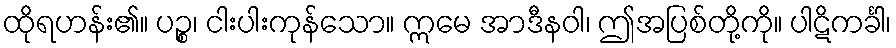
ထိုရဟန်း၏။ ပဉ္စ၊ ငါးပါးကုန်သော။ ဣမေ အာဒီနဝါ၊ ဤအပြစ်တို့ကို။ ပါဋိကင်္ခါ၊